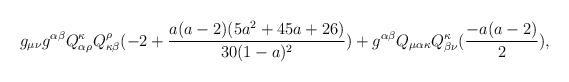
LaTeX: \begin{align*}g_{\mu\nu}g^{\alpha\beta}Q^{\kappa}_{\alpha\rho}Q^{\rho}_{\kappa\beta}(-2 +\frac{a(a-2)(5a^2 + 45a + 26)}{30(1-a)^2}) +g^{\alpha\beta}Q_{\mu\alpha\kappa}Q^{\kappa}_{\beta\nu}(\frac{-a(a -2)}{2}),\end{align*}